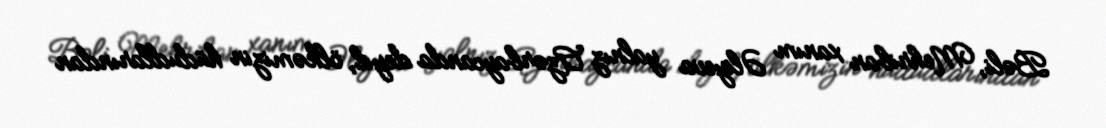
Bəli, Mehriban xanım Əliyeva yalnız Azərbaycanda deyil, ölkəmizin hüdudlarından